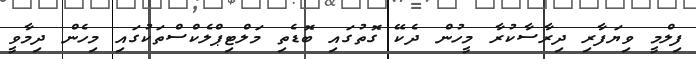
ފިލްމީ ވިޔަފާރި ދިރާސާކުރާ މީހުން ދެކޭ ގޮތުގައި ބޮޑެތި މަލްޓިޕްލެކްސްތަކުގައި މިހެން ދިމާވީ